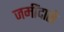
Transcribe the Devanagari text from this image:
जमींदारो